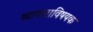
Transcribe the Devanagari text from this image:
व्यापाराविषयक